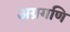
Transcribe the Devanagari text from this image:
अग्रगणि